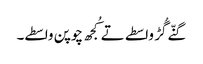
گنّے گُڑ واسطے تے کُجھ چوپن واسطے۔